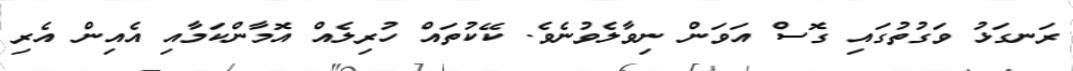
ރަނގަޅު ވަގުތުގައި ގޮސް އަވަން ނިވާލެވުނެވެ. ކޭކުތައް ހުރިލެއް އޮމާންކަމާއި އެއިން އެރި